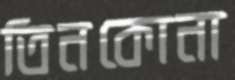
তিনকোনা